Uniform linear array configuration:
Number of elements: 24
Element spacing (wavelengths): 1
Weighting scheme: hann
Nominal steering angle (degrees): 30
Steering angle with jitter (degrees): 29.009
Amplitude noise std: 0.05
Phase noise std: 0.05

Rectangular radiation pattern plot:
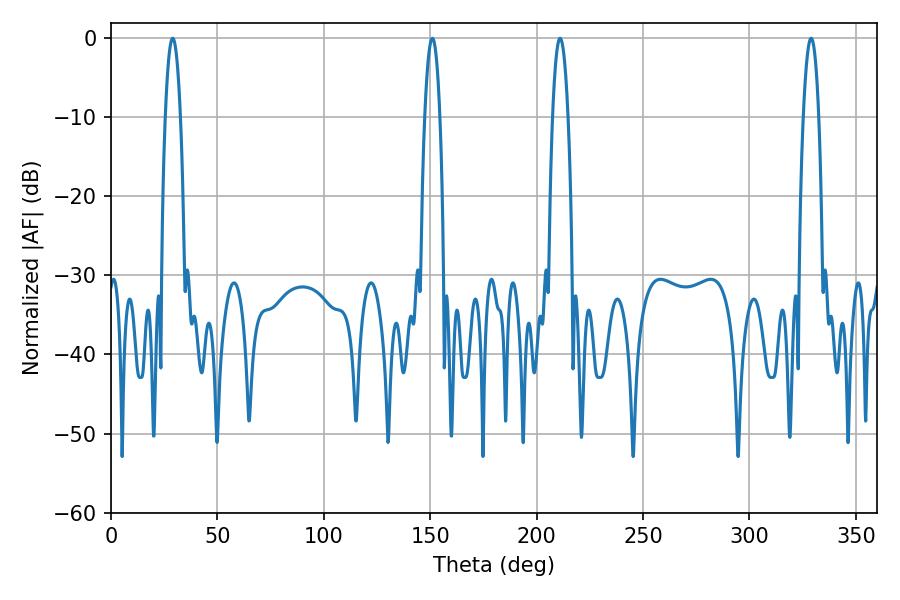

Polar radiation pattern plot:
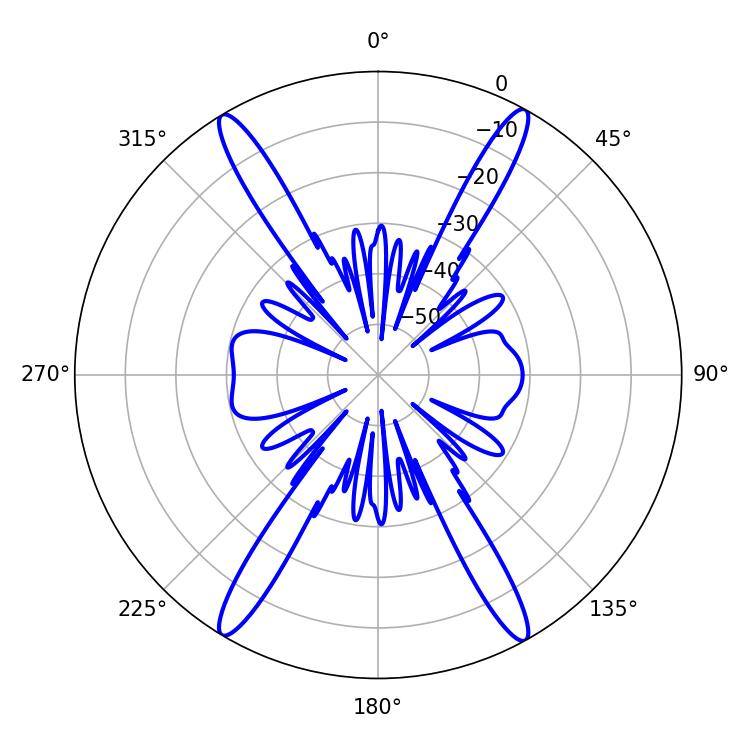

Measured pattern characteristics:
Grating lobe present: TRUE
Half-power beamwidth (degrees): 3.96
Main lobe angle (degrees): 28.98